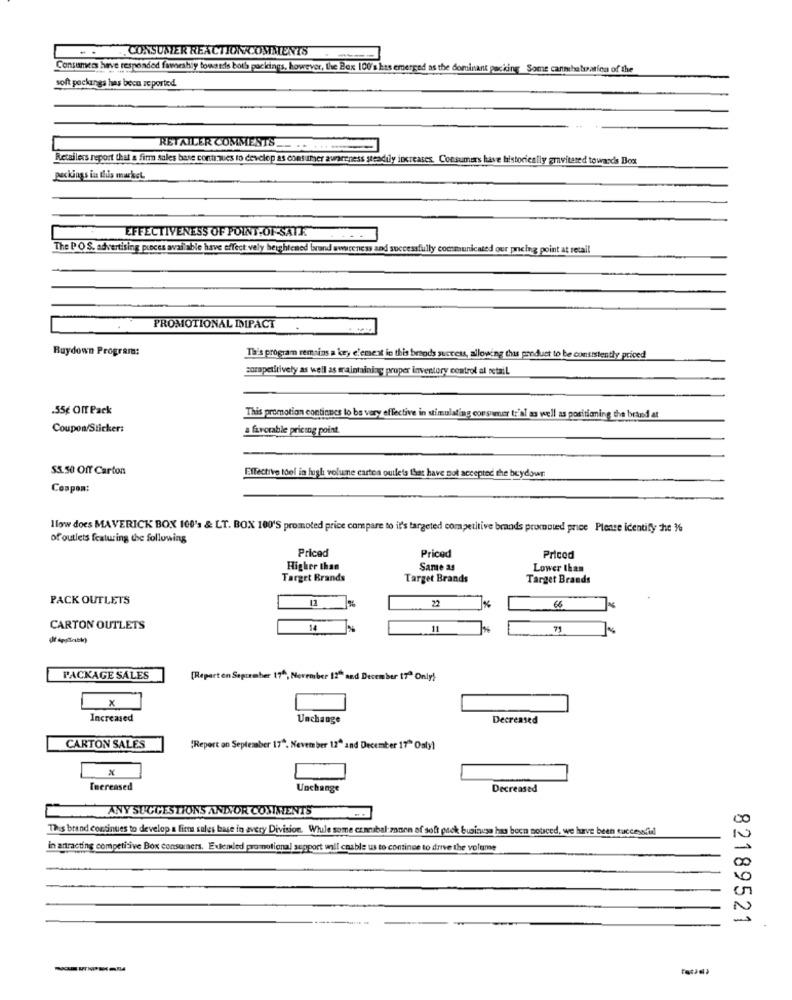
.CONSUMER REACTIONCOMMENTS
Consumers have responded faweshiy towards both packings, however, the Box 100's has emerged as the dominant packing Some canmhatuation of the
packungs has been reported.
RETAILER COMMESTS .. .. .....
Retailers report that a firm sales base continues to develop as consumer awareness steadily increases. Consumers have historically gravitated towards Box
packings in Blus market.
EFFECTIVENESS OF POINT-OF-SATE.
The P O S. advertising pieces available have effect vely heightened brand awareness and successfully communicated our pneing point at retail
PROMOTIONAL IMPACT
Buydown Program:
Ta's program remains a key element in this brands success, allowing this product to be consistently priced
zurepetitively as well as maintaining proper inventory control al retail
.55€ OIT Pack
This promotion continues lo bs very effective in stimulating consumer to'al as well as positioning the brand at
Coupon/Sticker:
a favorable pricing point.
53.50 Off Carton
Effective toel in hush volume cartea outlets that have not accepted the beydowr.
Coupon:
Ilow does MAVERICK BOX 100's & LT. BOX 100'S promoted price compare to it's targeted competitive brands promoted price Please identify the Me
of outlets featuring the following
Priced
Priced
Priced
Higher than
Same as
Lower than
Target Brands
Target Brands
Target Brands
PACK OUTLETS
12 %
22
66
CARTON OUTLETS
14 %
7%
PACKAGE SALES
[Repart on September 17ª, November 12" and December 17ª Only)
x
Increased
Unchange
Decreased
CARTON SALES
(Report on September 17". November 12" and December 17" Oalyl
Increased
Unchange
Decreased
ANY SUGGESTIONS ANDVOR COMMENTS
00
This brand continues to develop a firm sales base in avery Division. Whule some czarubal zanen af soft puck business has been sourced, we have been successful
in attracting competitive Box consumers. Exterled promotional segport uil cnable us to continue to drive the volume
00
0
-
82189521
-----